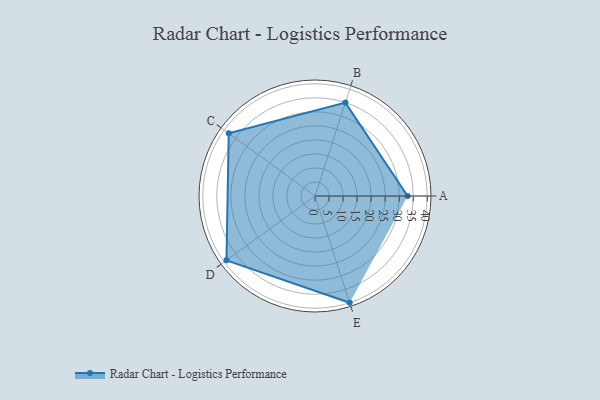
{"axis": {"x": "Skill", "y": "Score"}, "legend": ["Profile"], "data": [{"x": "A", "y": 33.0, "type": "Profile"}, {"x": "B", "y": 35.0, "type": "Profile"}, {"x": "C", "y": 38.0, "type": "Profile"}, {"x": "D", "y": 39.0, "type": "Profile"}, {"x": "E", "y": 40.0, "type": "Profile"}]}